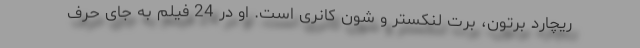
ریچارد برتون، برت لنکستر و شون کانری است. او در 24 فیلم به جای حرف